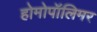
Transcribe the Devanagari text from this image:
होमोपॉलिमर